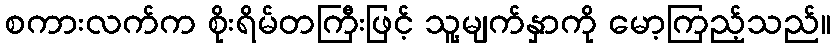
စကားလက်က စိုးရိမ်တကြီးဖြင့် သူ့မျက်နှာကို မော့ကြည့်သည်။